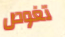
تغوص